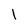
Character: 1